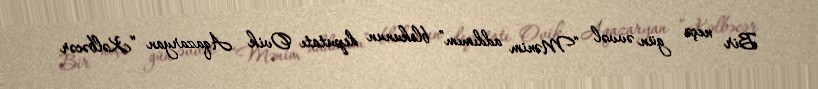
Bir neçə gün əvvəl “Mənim addımım” blokunun deputatı Ovik Aqazaryan “Kəlbəcər